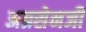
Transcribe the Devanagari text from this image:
अग्रसेनजी